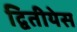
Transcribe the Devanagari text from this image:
द्वितीयेस